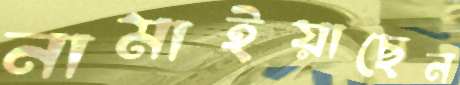
নামাইয়াছেন